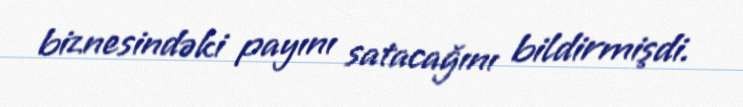
biznesindəki payını satacağını bildirmişdi.